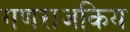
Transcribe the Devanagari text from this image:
गणराजकिय